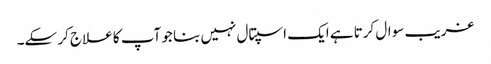
غریب سوال کرتا ہے ایک اسپتال نہیں بنا جو آپ کا علاج کر سکے۔